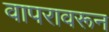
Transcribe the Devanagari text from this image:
वापरावरून